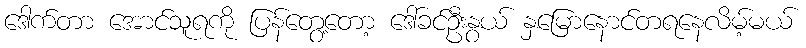
ဒေါက်တာ အောင်သူရကို ပြန်တွေ့တော့ ဒေါ်ခင်ဦးနွယ် နှမြောနောင်တရနေလိမ့်မယ်